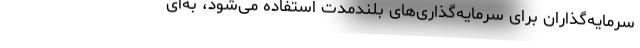
سرمایه‌گذاران برای سرمایه‌گذاری‌های بلندمدت استفاده می‌شود، به‌ای